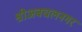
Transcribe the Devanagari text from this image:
श्रीअबचलनगर